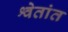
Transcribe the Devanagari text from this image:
श्वेतांत